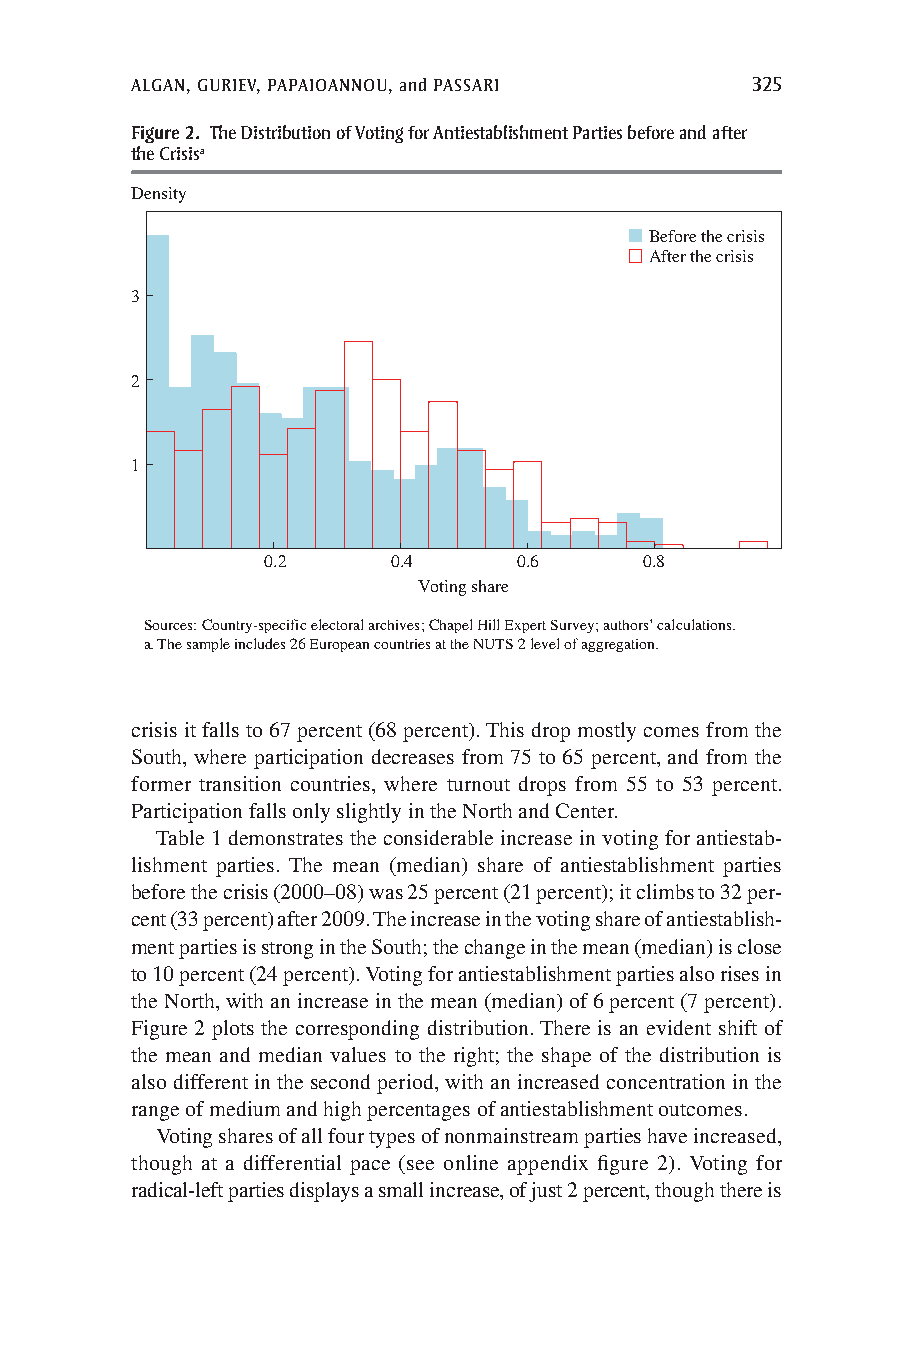
ALGAN, GURIEV, PAPAIOANNOU, and PASSARI  325
 Figure 2. The Distribution of Voting for Antiestablishment Parties before and after
 the Crisisa
 Density
 Before the crisis
 After the crisis
 3
 2
 1
 0.2      0.4     0.6      0.8
 Voting share
 Sources: Country-specific electoral archives; Chapel Hill Expert Survey; authors’ calculations.
 a. The sample includes 26 European countries at the NUTS 2 level of aggregation.
 crisis it falls to 67 percent (68 percent). This drop mostly comes from the
 South, where participation decreases from 75 to 65 percent, and from the
 former transition countries, where turnout drops from 55 to 53 percent.
 Participation falls only slightly in the North and Center.
 Table 1 demonstrates the considerable increase in voting for antiestab-
 lishment parties. The mean (median) share of antiestablishment parties
 before the crisis (2000–08) was 25 percent (21 percent); it climbs to 32 per-
 cent (33 percent) after 2009. The increase in the voting share of antiestablish-
 ment parties is strong in the South; the change in the mean (median) is close
 to 10 percent (24 percent). Voting for antiestablishment parties also rises in
 the North, with an increase in the mean (median) of 6 percent (7 percent).
 Figure 2 plots the corresponding distribution. There is an evident shift of
 the mean and median values to the right; the shape of the distribution is
 also different in the second period, with an increased concentration in the
 range of medium and high percentages of antiestablishment outcomes.
 Voting shares of all four types of nonmainstream parties have increased,
 though at a differential pace (see online appendix figure 2). Voting for
 radical-left parties displays a small increase, of just 2 percent, though there is